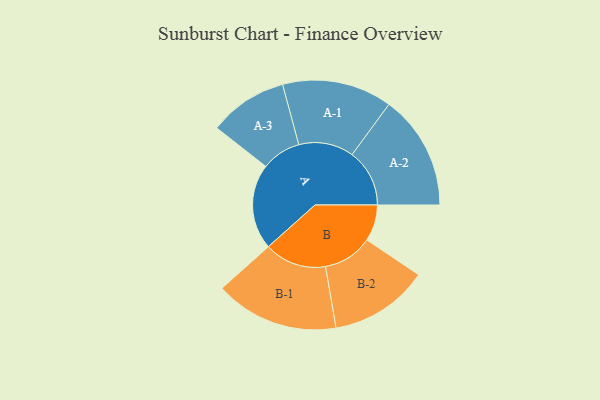
{"axis": {"x": "Segment", "y": "Value"}, "legend": ["", "A", "B"], "data": [{"x": "A", "y": 412, "type": ""}, {"x": "B", "y": 175, "type": ""}, {"x": "A-1", "y": 265, "type": "A"}, {"x": "A-2", "y": 277, "type": "A"}, {"x": "A-3", "y": 190, "type": "A"}, {"x": "B-1", "y": 299, "type": "B"}, {"x": "B-2", "y": 239, "type": "B"}]}